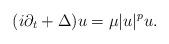
LaTeX: \begin{align*}(i \partial_t + \Delta) u = \mu |u|^{p} u.\end{align*}